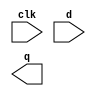
// You're familiar with flip-flops that are triggered on the positive edge of the clock, or negative edge of the clock. A dual-edge triggered flip-flop is triggered on both edges of the clock. However, FPGAs don't have dual-edge triggered flip-flops, and always @(posedge clk or negedge clk) is not accepted as a legal sensitivity list.

// Build a circuit that functionally behaves like a dual-edge triggered flip-flop

// Hint: You can't create a dual-edge triggered flip-flop on an FPGA. But you can create both positive-edge triggered and negative-edge triggered flip-flops.
// This problem is a moderately difficult circuit design problem, but requires only basic Verilog language features. (This is a circuit design problem, not a coding problem.) It may help to first sketch a circuit by hand before attempting to code it.

module top_module (
    input clk,
    input d,
    output q
);

	// Insert your code here

endmodule